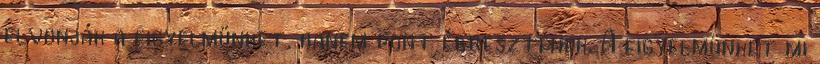
elvonják a figyelmünket, hanem pont ébresztenek. A figyelmünket mi